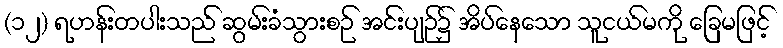
(၁၂) ရဟန်းတပါးသည် ဆွမ်းခံသွားစဉ် အင်းပျဉ်၌ အိပ်နေသော သူငယ်မကို ခြေမဖြင့်